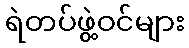
ရဲတပ်ဖွဲ့ဝင်များ